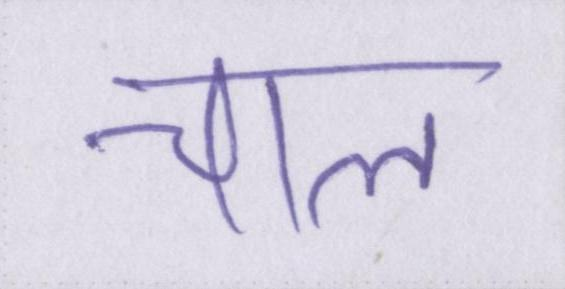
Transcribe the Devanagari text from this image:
चाल